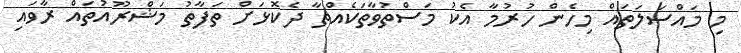
މި މައްސަލަތައް މިހެން ހުރުމާ އެކު މަސްތުވާތަކެއްޗާ ދެކޮޅަށް ތަފާތު މަޝްރޫއުތައް ރާވައި